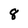
Character: 8